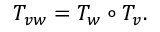
T _ { v w } = T _ { w } \circ T _ { v } .